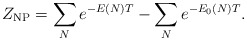
\begin{align*}Z_{\rm NP} = \sum_{N} e^{-E(N) T} - \sum_N e^{-E_0(N) T}.\end{align*}